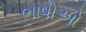
ભાષોઓ